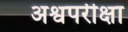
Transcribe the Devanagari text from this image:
अश्वपरीक्षा